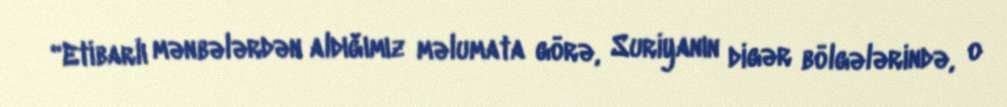
“Etibarlı mənbələrdən aldığımız məlumata görə, Suriyanın digər bölgələrində, o